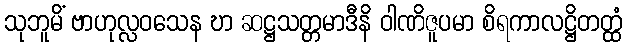
သုဘူမိံ ဗာဟုလ္လဝသေန ဎာ ဆဋ္ဌသတ္တမာဒီနိ ဝါဏိဇူပမာ စိရကာလဋ္ဌိတတ္ထံ